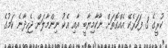
ކުރީގެ 3 ފަހަރެކޭ އެއްގޮތަށް ނާކާމިޔާބީ އާއި އެކު ނިންމާލަން ޖެހިދާނެ ކަމުގެ